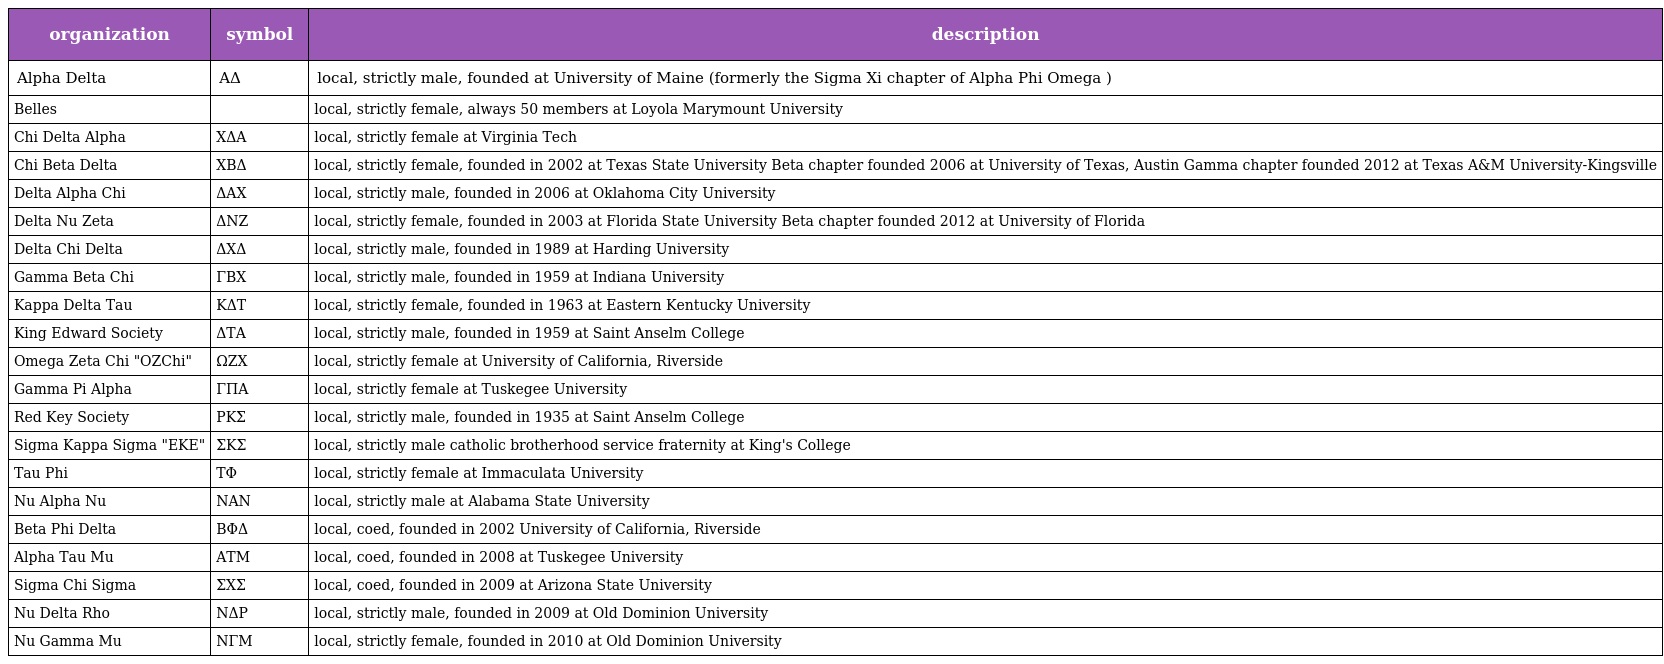
| organization | symbol | description |
 | --- | --- | --- |
 | Alpha Delta | ΑΔ | local, strictly male, founded at University of Maine (formerly the Sigma Xi chapter of Alpha Phi Omega ) |
 | Belles |  | local, strictly female, always 50 members at Loyola Marymount University |
 | Chi Delta Alpha | ΧΔΑ | local, strictly female at Virginia Tech |
 | Chi Beta Delta | ΧΒΔ | local, strictly female, founded in 2002 at Texas State University Beta chapter founded 2006 at University of Texas, Austin Gamma chapter founded 2012 at Texas A&M University-Kingsville |
 | Delta Alpha Chi | ΔΑΧ | local, strictly male, founded in 2006 at Oklahoma City University |
 | Delta Nu Zeta | ΔNZ | local, strictly female, founded in 2003 at Florida State University Beta chapter founded 2012 at University of Florida |
 | Delta Chi Delta | ΔΧΔ | local, strictly male, founded in 1989 at Harding University |
 | Gamma Beta Chi | ΓΒΧ | local, strictly male, founded in 1959 at Indiana University |
 | Kappa Delta Tau | ΚΔΤ | local, strictly female, founded in 1963 at Eastern Kentucky University |
 | King Edward Society | ΔTA | local, strictly male, founded in 1959 at Saint Anselm College |
 | Omega Zeta Chi "OZChi" | ΩΖΧ | local, strictly female at University of California, Riverside |
 | Gamma Pi Alpha | ΓΠΑ | local, strictly female at Tuskegee University |
 | Red Key Society | PKΣ | local, strictly male, founded in 1935 at Saint Anselm College |
 | Sigma Kappa Sigma "EKE" | ΣΚΣ | local, strictly male catholic brotherhood service fraternity at King's College |
 | Tau Phi | ΤΦ | local, strictly female at Immaculata University |
 | Nu Alpha Nu | ΝΑΝ | local, strictly male at Alabama State University |
 | Beta Phi Delta | ΒΦΔ | local, coed, founded in 2002 University of California, Riverside |
 | Alpha Tau Mu | ATM | local, coed, founded in 2008 at Tuskegee University |
 | Sigma Chi Sigma | ΣΧΣ | local, coed, founded in 2009 at Arizona State University |
 | Nu Delta Rho | ΝΔΡ | local, strictly male, founded in 2009 at Old Dominion University |
 | Nu Gamma Mu | ΝΓΜ | local, strictly female, founded in 2010 at Old Dominion University |